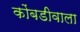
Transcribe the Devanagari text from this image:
कोंबडीवाला